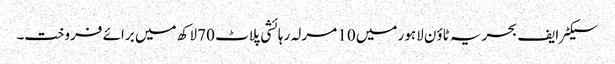
سیکٹر ایف بحریہ ٹاؤن لاہور میں 10 مرلہ رہائشی پلاٹ 70 لاکھ میں برائے فروخت۔